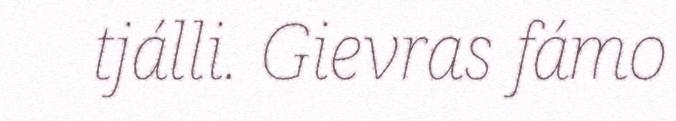
tjálli. Gievras fámo